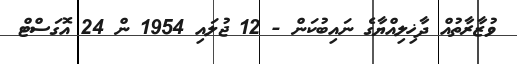
ވުޒާރާތުއް ދާޚިލިއްޔާގެ ނައިބުކަން - 12 ޖުލައި 1954 ން 24 އޮގަސްޓް